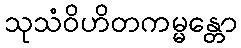
သုသံဝိဟိတကမ္မန္တော